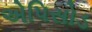
એપિસોડ